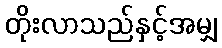
တိုးလာသည်နှင့်အမျှ